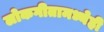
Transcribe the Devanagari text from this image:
लोकगीतामध्येही